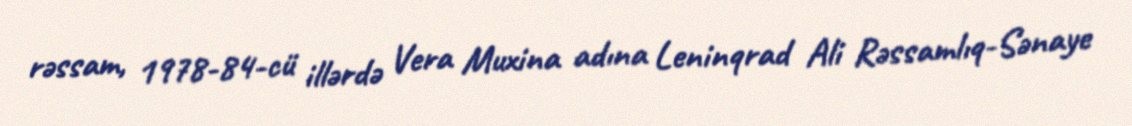
rəssam, 1978-84-cü illərdə Vera Muxina adına Leninqrad Ali Rəssamlıq-Sənaye